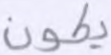
يكون